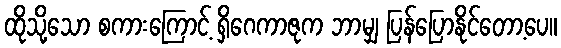
ထိုသို့သော စကားကြောင့် ရှိဂေကာဇုက ဘာမျှ ပြန်ပြောနိုင်တော့ပေ။